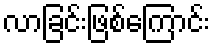
လာခြင်းဖြစ်ကြောင်း